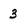
Character: 3